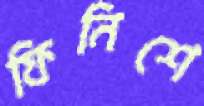
ফিনিশে